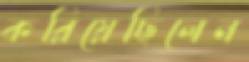
করিয়েছিলেন